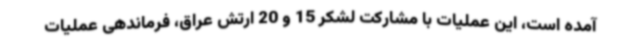
آمده است، این عملیات با مشارکت لشکر 15 و 20 ارتش عراق، فرماندهی عملیات